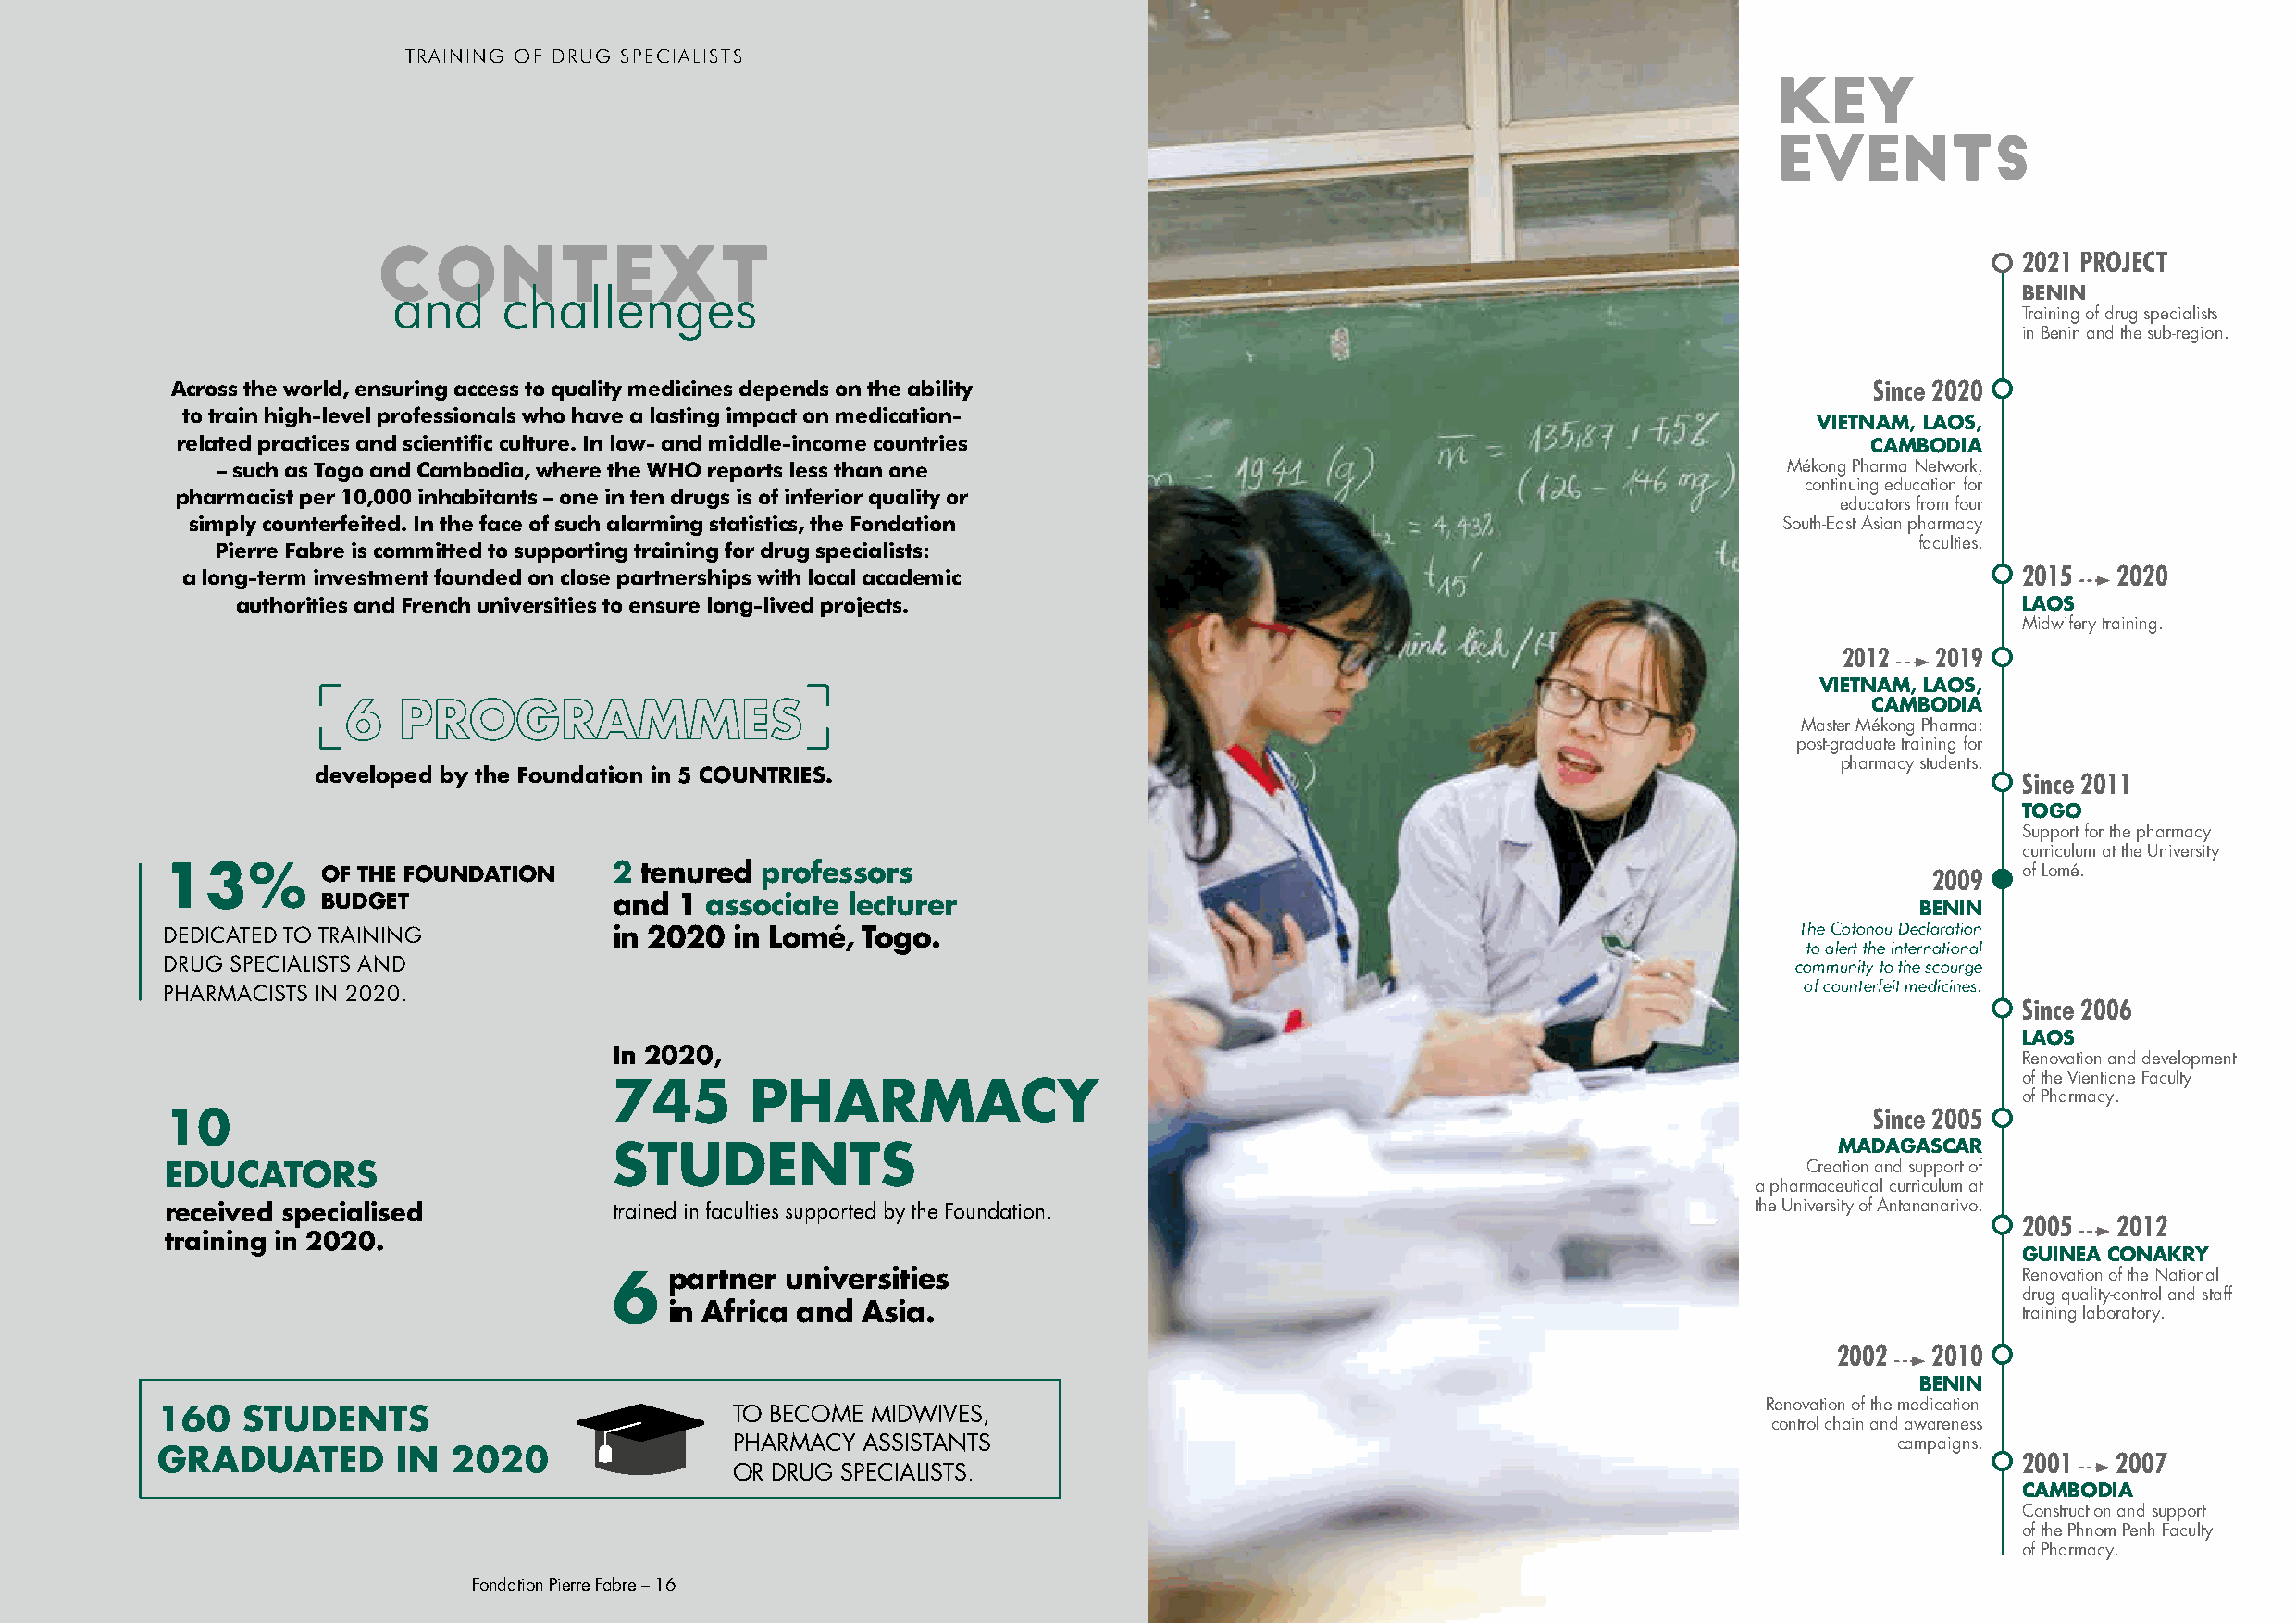
,
 TRAINING OF DRUG SPECIALISTS
 KEY
 EVENTS
 CONTEXT
 2021 PROJECT
 and     challenges                                                                                                   BENIN
 Training of drug specialists
 in Benin and the sub-region.
 Across the world, ensuring access to quality medicines depends on the ability                                             Since 2020
 to train high-level professionals who have a lasting impact on medication-
 VIETNAM, LAOS,
 related practices and scientific culture. In low- and middle-income countries                                            CAMBODIA
 – such as Togo and Cambodia, where the WHO reports less than one                                                 Mékong Pharma Network,
 continuing education for
 pharmacist per 10,000 inhabitants – one in ten drugs is of inferior quality or
 educators from four
 simply counterfeited. In the face of such alarming statistics, the Fondation                                     South-East Asian pharmacy
 Pierre Fabre is committed to supporting training for drug specialists:                                                    faculties.
 a long-term investment founded on close partnerships with local academic                                                            2015  2020
 authorities and French universities to ensure long-lived projects.                                                              LAOS
 Midwifery training.
 2012  2019
 VIETNAM, LAOS,
 6   PROGRAMMES                                                                                               CAMBODIA
 Master Mékong Pharma:
 post-graduate training for
 pharmacy students.
 developed by the Foundation in 5 COUNTRIES.                                                                               Since 2011
 TOGO
 Support for the pharmacy
 curriculum at the University
 13%        OF THE FOUNDATION    2 tenured professors                                                                          2009   of Lomé.
 BUDGET               and 1 associate  lecturer
 BENIN
 The Cotonou Declaration
 DEDICATED TO TRAINING           in 2020 in Lomé,  Togo.
 to alert the international
 DRUG SPECIALISTS AND                                                                                                community to the scourge
 of counterfeit medicines.
 PHARMACISTS IN 2020.
 Since 2006
 LAOS
 In 2020,                                                                                             Renovation and development
 of the Vientiane Faculty
 745       PHARMACY
 of Pharmacy.
 Since 2005
 10
 MADAGASCAR
 STUDENTS
 EDUCATORS                                                                                                            Creation and support of
 a pharmaceutical curriculum at
 received specialised            trained in faculties supported by the Foundation.                                 the University of Antananarivo.
 2005  2012
 training in 2020.
 GUINEA CONAKRY
 partner universities                                                                             Renovation of the National
 6
 drug quality-control and staff
 in Africa and Asia.                                                                              training laboratory.
 2002   2010
 BENIN
 Renovation of the medication-
 160   STUDENTS                           TO BECOME MIDWIVES,
 control chain and awareness
 PHARMACY  ASSISTANTS                                                                campaigns.
 GRADUATED        IN  2020                                                                                                             2001  2007
 OR DRUG SPECIALISTS.
 CAMBODIA
 Construction and support
 of the Phnom Penh Faculty
 of Pharmacy.
 Fondation Pierre Fabre – 16